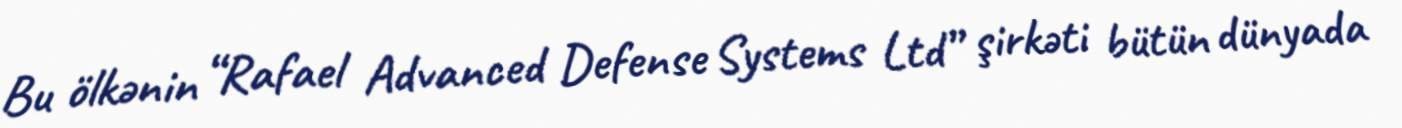
Bu ölkənin “Rafael Advanced Defense Systems Ltd” şirkəti bütün dünyada